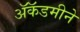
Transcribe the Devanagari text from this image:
ॲकॅडमीने